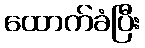
ထောက်ခံပြီး